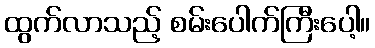
ထွက်လာသည့် စမ်းပေါက်ကြီးပေါ့။